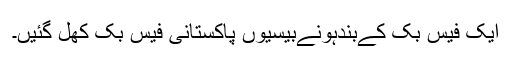
ایک فیس بک کےبندہونےبیسیوں پاکستانی فیس بک کھل گئيں۔